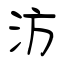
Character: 汸